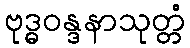
ဗုဒ္ဓဝန္ဒနာသုတ္တံ